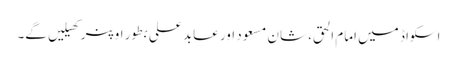
اسکواڈ میں امام الحق، شان مسعود اور عابد علی بطور اوپنر کھیلیں گے۔